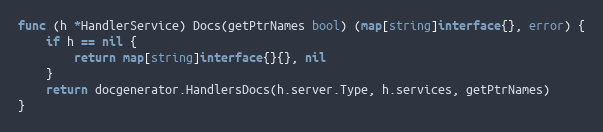
Language: Go
func (h *HandlerService) Docs(getPtrNames bool) (map[string]interface{}, error) {
	if h == nil {
		return map[string]interface{}{}, nil
	}
	return docgenerator.HandlersDocs(h.server.Type, h.services, getPtrNames)
}